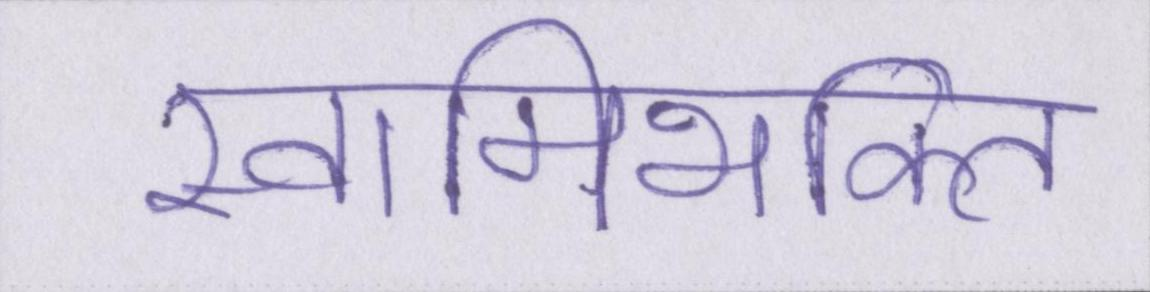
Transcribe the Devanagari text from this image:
स्वामिभक्ति